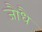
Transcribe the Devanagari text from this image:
जौधै